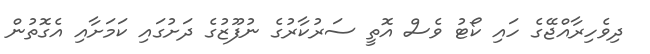
ދިވެހިރާއްޖޭގެ ހައި ކޯޓު ވެސް އޮތީ ސަރުކާރުގެ ނުފޫޒުގެ ދަށުގައި ކަމަށާއި އެގޮތުން